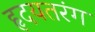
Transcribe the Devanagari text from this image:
हृदयतरंग